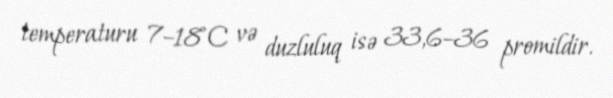
temperaturu 7–18˚C və duzluluq isə 33,6–36 promildir.